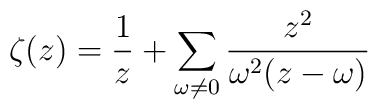
\zeta (z) = \frac{1}{z} + \sum_{\omega \neq 0}\frac{z^{2}}{\omega^{2}(z-\omega)}